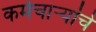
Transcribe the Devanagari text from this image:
कर्मचार्‍यांचे